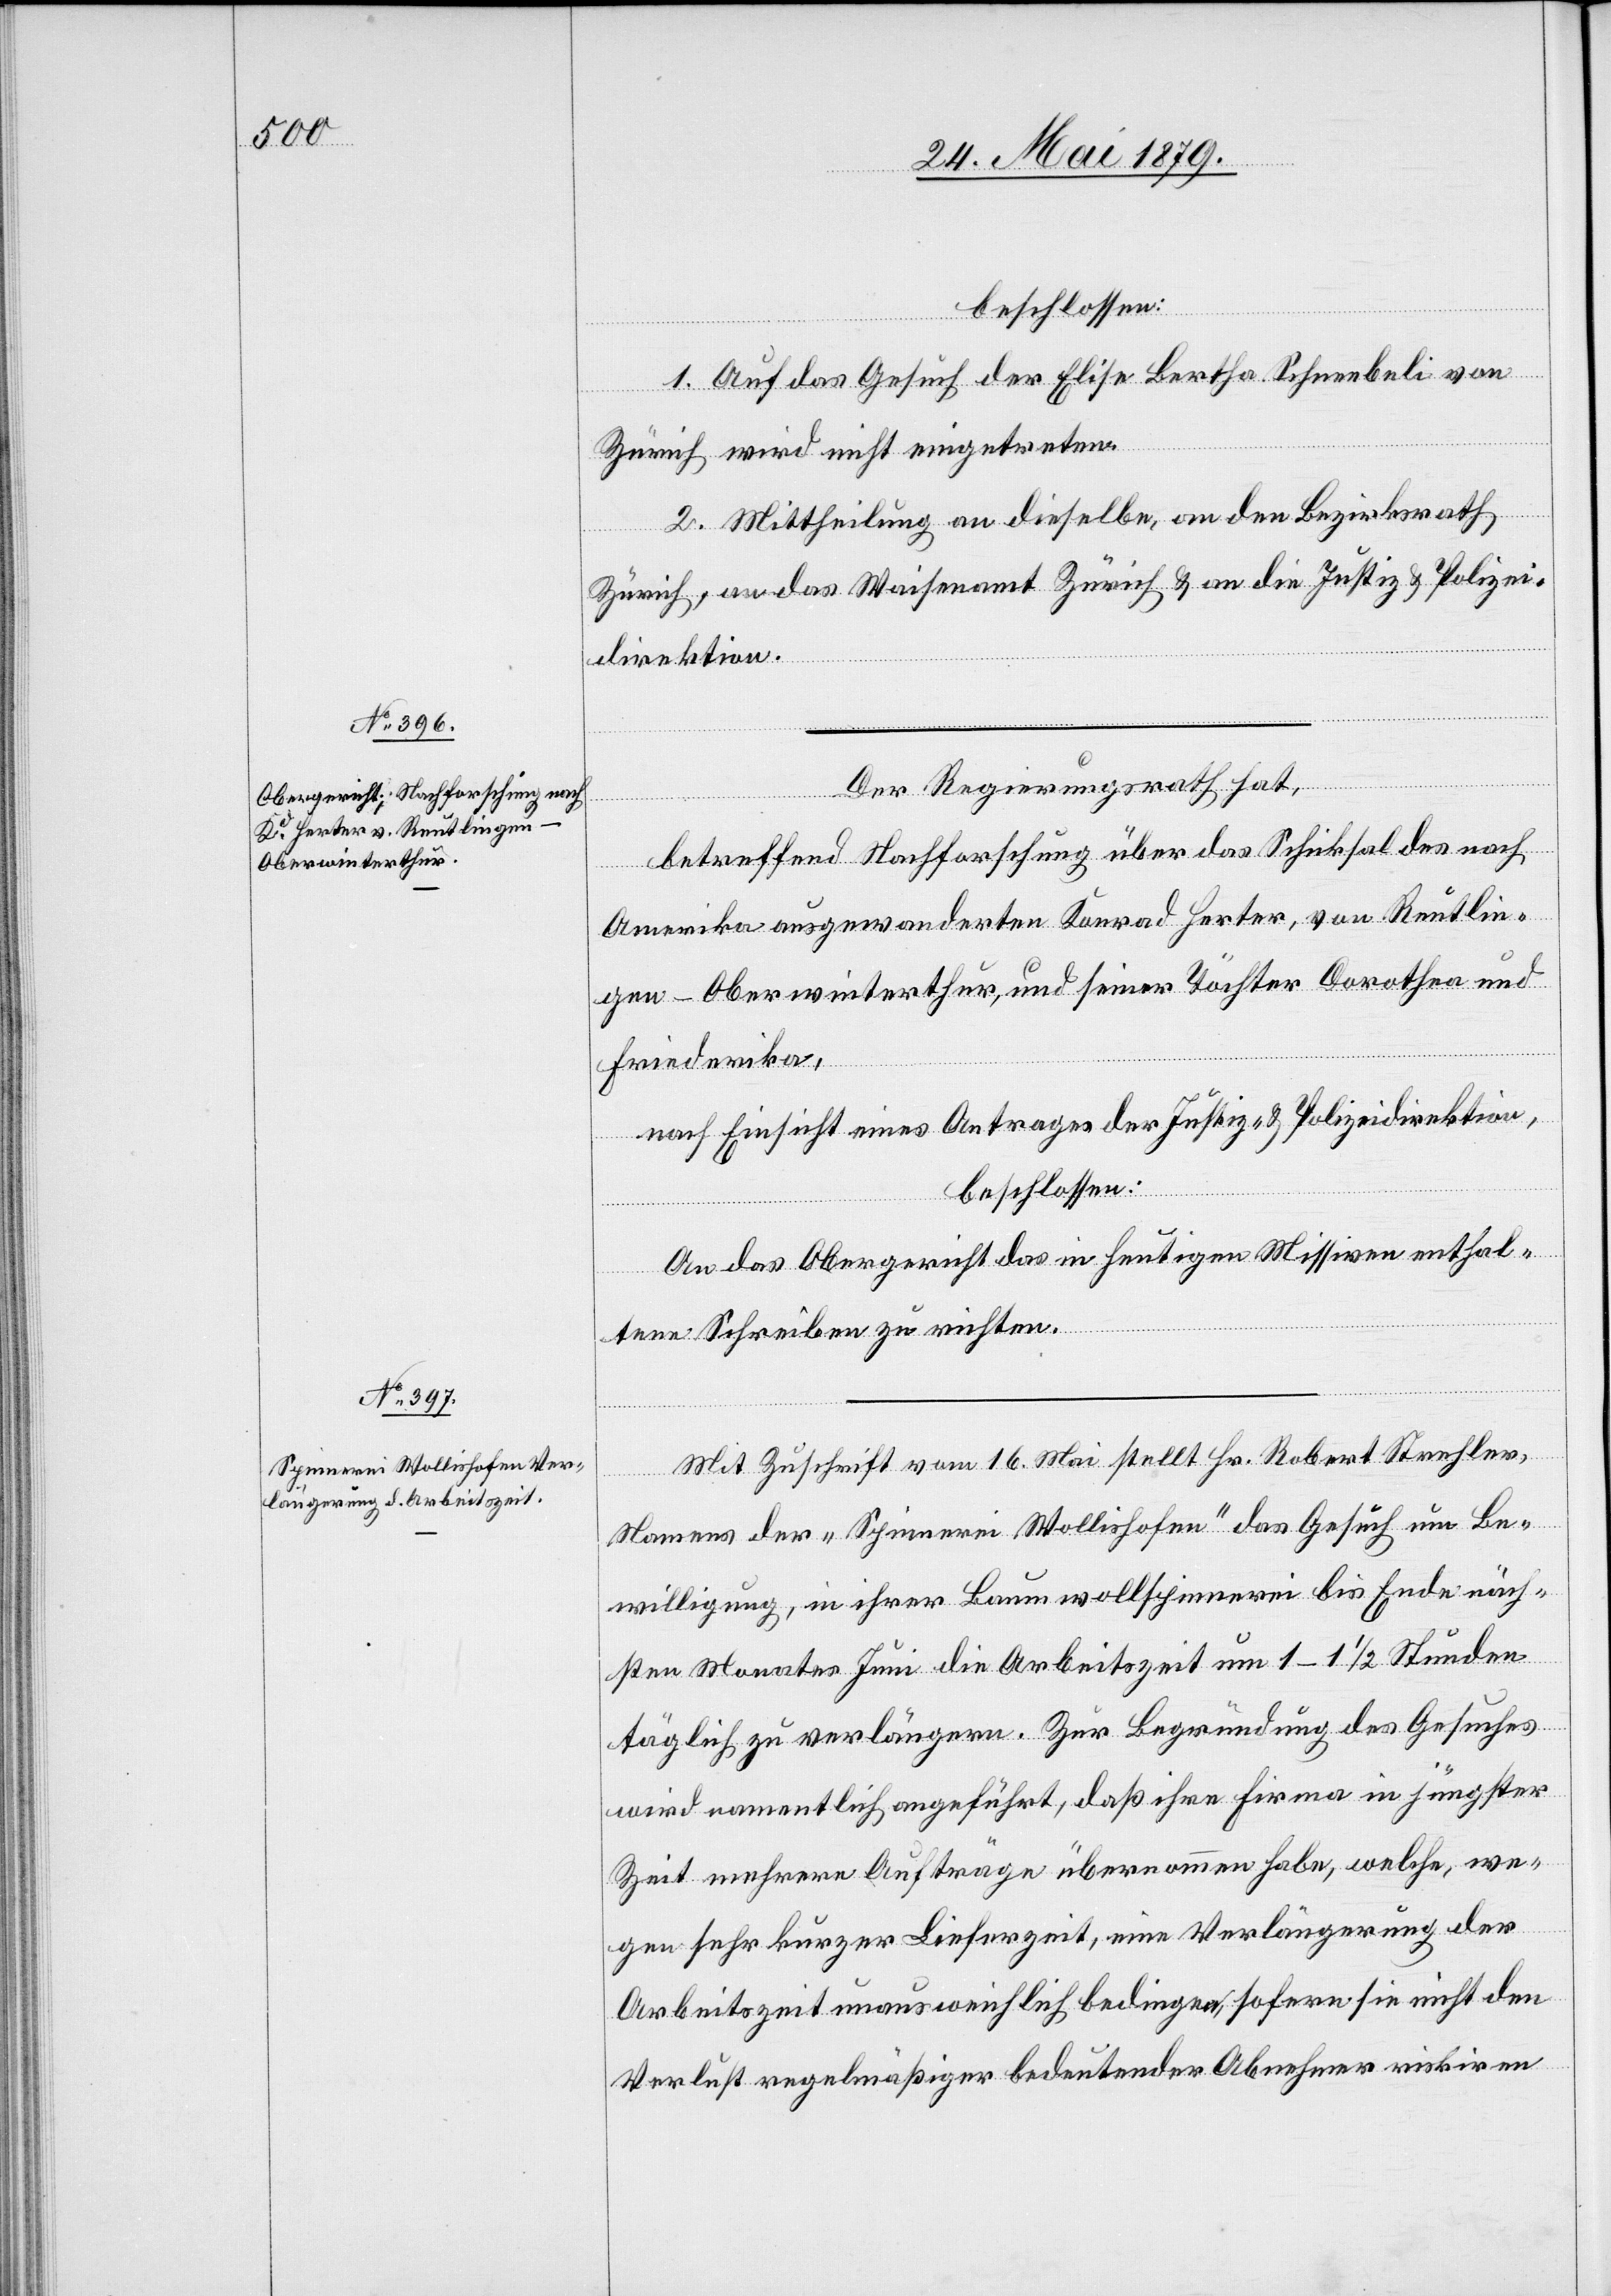
beschlossen:
1. Auf das Gesuch der Elise Bertha Schneebeli von
Zürich wird nicht eingetreten.
2. Mittheilung an dieselbe, an den Bezirksrath
Zürich, an das Waisenamt Zürich & an die Justiz[-] & Polizei¬
direktion.
Der Regierungsrath hat,
betreffend Nachforschung über das Schicksal des nach
Amerika ausgewanderten Konrad Herter, von Reutlin¬
gen - Oberwinterthur, und seiner Töchter Dorothea und
Friederika,
nach Einsicht eines Antrages der Justiz- & Polizeidirektion,
beschlossen:
An das Obergericht das in heutigen Missiven enthal¬
tene Schreiben zu richten.
Mit Zuschrift vom 16. Mai stellt Hr. Robert Strehler,
Namens der „Spinnerei Wollishofen“ das Gesuch um Be¬
willigung, in ihrer Baumwollspinnerei bis Ende näch¬
sten Monates Juni die Arbeitszeit um 1–1 1/2 Stunden
täglich zu verlängern. Zur Begründung des Gesuches
wird namentlich angeführt, daß ihre Firma in jüngster
Zeit mehrere Aufträge übernommen habe, welche, we¬
gen sehr kurzer Lieferzeit, eine Verlängerung der
Arbeitszeit unausweichlich bedingen, sofern sie nicht den
Verlust regelmäßiger bedeutender Abnehmer riskiren